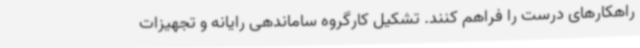
راهکارهای درست را فراهم کنند. تشکیل کارگروه ساماندهی رایانه و تجهیزات